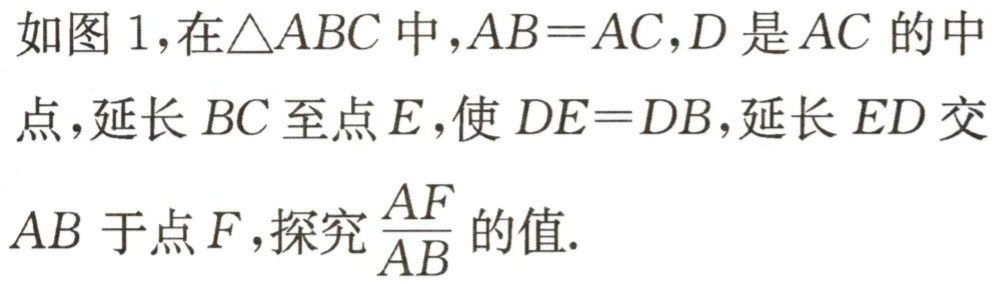
如图 1,在$\triangle ABC$中,$AB = AC$,$D$是$AC$的中点,延长$BC$至点$E$,使$DE = DB$,延长$ED$交$AB$于点$F$,探究$\frac{AF}{AB}$的值.